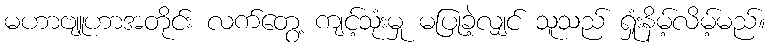
မဟာဗျူဟာအတိုင်း လက်တွေ့ ကျင့်သုံးမှု မပြုခဲ့လျှင် သူသည် ရှုံးနိမ့်လိမ့်မည်။